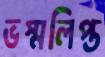
ভস্মলিপ্ত